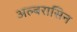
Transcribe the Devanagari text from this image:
अल्बरासिन